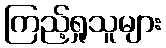
ကြည့်ရှုသူများ